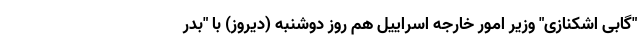
"گابی اشکنازی" وزیر امور خارجه اسراییل هم روز دوشنبه (دیروز) با "بدر